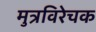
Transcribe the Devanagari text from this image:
मुत्रविरेचक